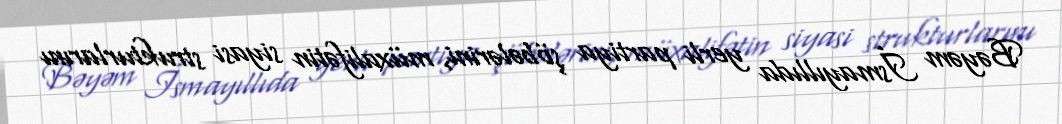
Bəyəm İsmayıllıda yerli partiya şöbələrini, müxalifətin siyasi strukturlarını